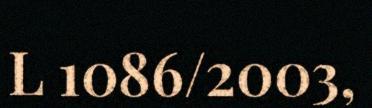
L 1086/2003,